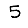
Digit: 5